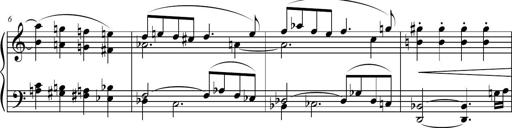
Title: Petite Sonatine
Composer: Richard St. Clair